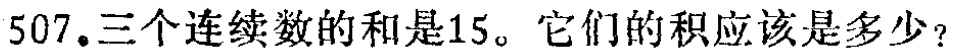
507.三个连续数的和是15。它们的积应该是多少？